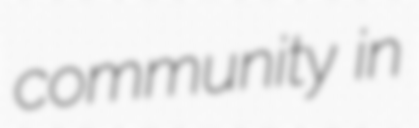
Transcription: community in